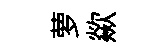
萝歘